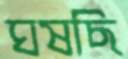
ঘষছি